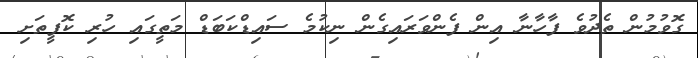
ގޮވުމުން ތެދުވެ ފާހާނާ އިން ފެންވަރައިގެން ނިކުމެ ސައިޑްކަބަޑް މަތީގައި ހުރި ކޮފީތަށި